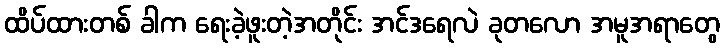
ထိပ်ထားတစ် ခါက ရေးခဲ့ဖူးတဲ့အတိုင်း အင်ဒရေလဲ ခုတလော အမူအရာတွေ